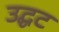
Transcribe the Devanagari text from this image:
उद्घट